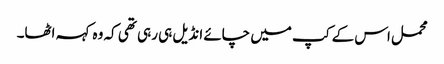
محمل اس کے کپ میں چائے انڈیل ہی رہی تھی کہ وہ کہہ اٹھا۔